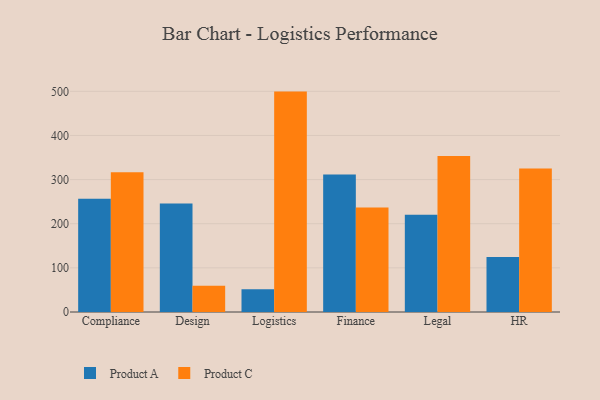
{"axis": {"x": "Department", "y": "Inventory Turnover"}, "legend": ["Product A", "Product C"], "data": [{"x": "Compliance", "y": 256.8, "type": "Product A"}, {"x": "Compliance", "y": 316.5, "type": "Product C"}, {"x": "Design", "y": 246.1, "type": "Product A"}, {"x": "Design", "y": 59.6, "type": "Product C"}, {"x": "Logistics", "y": 51.6, "type": "Product A"}, {"x": "Logistics", "y": 499.4, "type": "Product C"}, {"x": "Finance", "y": 311.5, "type": "Product A"}, {"x": "Finance", "y": 236.7, "type": "Product C"}, {"x": "Legal", "y": 220.5, "type": "Product A"}, {"x": "Legal", "y": 353.5, "type": "Product C"}, {"x": "HR", "y": 124.5, "type": "Product A"}, {"x": "HR", "y": 325.1, "type": "Product C"}]}